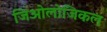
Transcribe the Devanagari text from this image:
जिओलोजिकल